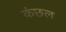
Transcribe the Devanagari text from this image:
कंछल